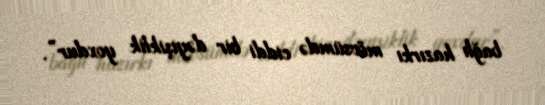
bağlı hazırkı mövsümdə ciddi bir dəyişiklik yoxdur”.